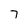
Character: 7